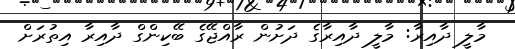
މާލީ ދާއިރާ: މާލީ ދާއިރާގެ ދަށުން ރާއްޖޭގެ ބޭކިންގް ދާއިރާ އިތުރަށް